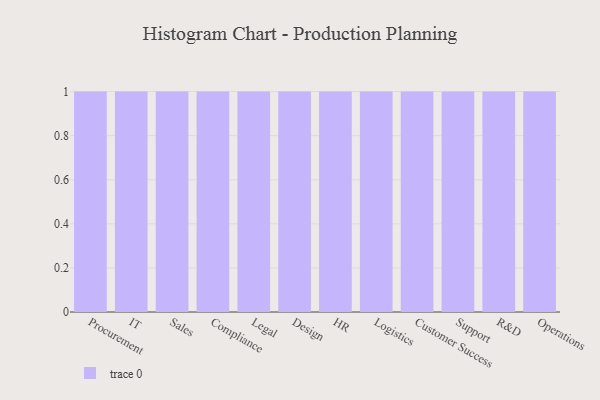
{"axis": {"x": "Department", "y": "Production Output"}, "legend": [""], "data": [{"x": "Procurement", "y": 67, "type": ""}, {"x": "IT", "y": 89, "type": ""}, {"x": "Sales", "y": 5, "type": ""}, {"x": "Compliance", "y": 85, "type": ""}, {"x": "Legal", "y": 25, "type": ""}, {"x": "Design", "y": 95, "type": ""}, {"x": "HR", "y": 40, "type": ""}, {"x": "Logistics", "y": 64, "type": ""}, {"x": "Customer Success", "y": 78, "type": ""}, {"x": "Support", "y": 19, "type": ""}, {"x": "R&D", "y": 44, "type": ""}, {"x": "Operations", "y": 56, "type": ""}]}